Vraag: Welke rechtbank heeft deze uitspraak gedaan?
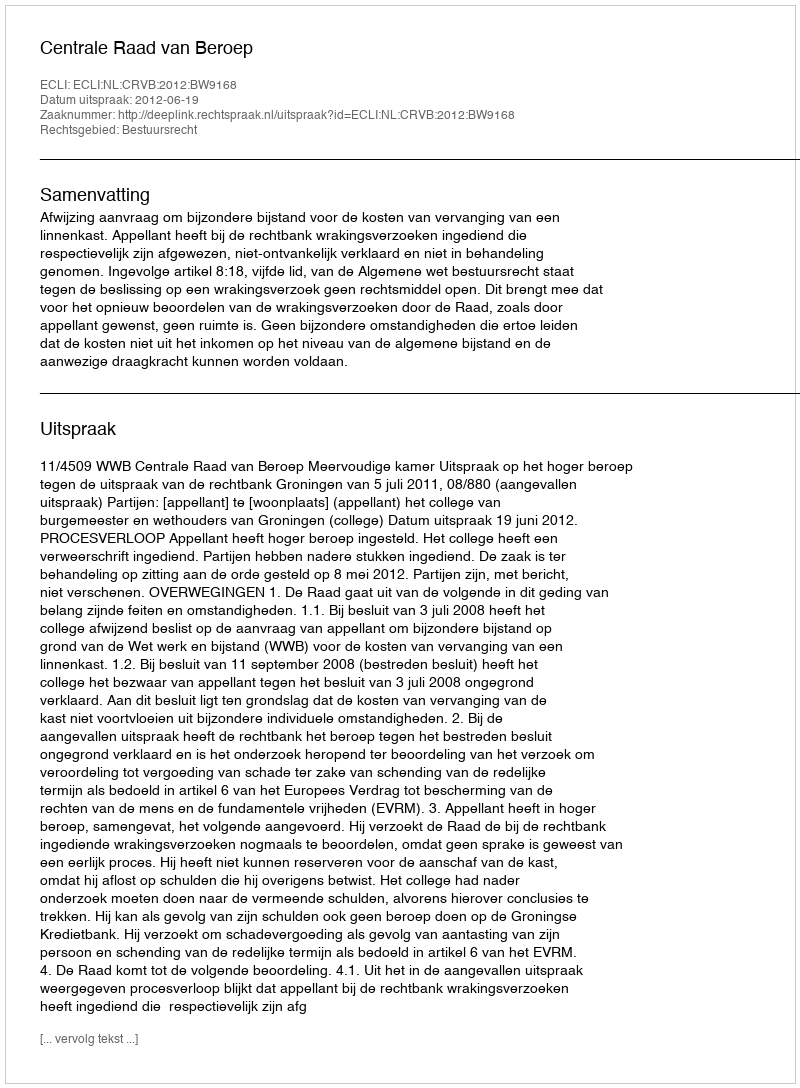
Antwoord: Centrale Raad van Beroep